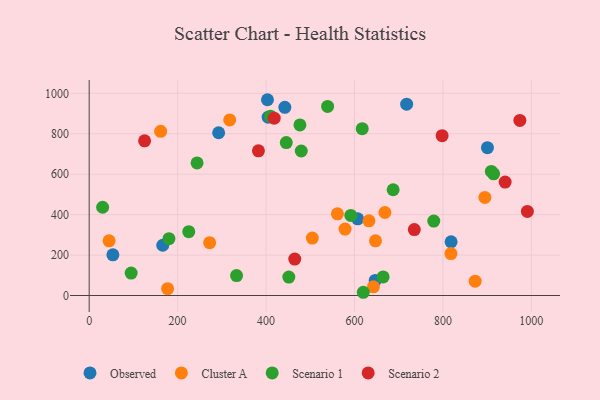
{"axis": {"x": "Study Hours", "y": "Exam Score"}, "legend": ["Cluster A", "Observed", "Scenario 1", "Scenario 2"], "data": [{"x": "818.5", "y": 265.5, "type": "Observed"}, {"x": "404.8", "y": 882.2, "type": "Observed"}, {"x": "900.7", "y": 731.2, "type": "Observed"}, {"x": "607.2", "y": 379.4, "type": "Observed"}, {"x": "718.0", "y": 946.3, "type": "Observed"}, {"x": "53.6", "y": 201.2, "type": "Observed"}, {"x": "166.4", "y": 248.6, "type": "Observed"}, {"x": "292.8", "y": 805.1, "type": "Observed"}, {"x": "403.2", "y": 968.4, "type": "Observed"}, {"x": "646.9", "y": 74.4, "type": "Observed"}, {"x": "442.5", "y": 930.6, "type": "Observed"}, {"x": "177.4", "y": 33.7, "type": "Cluster A"}, {"x": "642.8", "y": 43.2, "type": "Cluster A"}, {"x": "647.5", "y": 270.6, "type": "Cluster A"}, {"x": "632.7", "y": 369.6, "type": "Cluster A"}, {"x": "161.6", "y": 812.2, "type": "Cluster A"}, {"x": "578.7", "y": 328.4, "type": "Cluster A"}, {"x": "561.4", "y": 404.0, "type": "Cluster A"}, {"x": "504.6", "y": 284.1, "type": "Cluster A"}, {"x": "872.9", "y": 71.1, "type": "Cluster A"}, {"x": "272.4", "y": 261.3, "type": "Cluster A"}, {"x": "317.8", "y": 868.3, "type": "Cluster A"}, {"x": "668.8", "y": 410.7, "type": "Cluster A"}, {"x": "894.9", "y": 485.0, "type": "Cluster A"}, {"x": "818.1", "y": 207.5, "type": "Cluster A"}, {"x": "45.0", "y": 270.7, "type": "Cluster A"}, {"x": "94.9", "y": 111.0, "type": "Scenario 1"}, {"x": "591.7", "y": 396.1, "type": "Scenario 1"}, {"x": "909.5", "y": 613.6, "type": "Scenario 1"}, {"x": "476.6", "y": 844.0, "type": "Scenario 1"}, {"x": "180.4", "y": 281.0, "type": "Scenario 1"}, {"x": "687.4", "y": 523.1, "type": "Scenario 1"}, {"x": "539.2", "y": 935.5, "type": "Scenario 1"}, {"x": "619.9", "y": 16.0, "type": "Scenario 1"}, {"x": "664.8", "y": 91.7, "type": "Scenario 1"}, {"x": "244.0", "y": 655.9, "type": "Scenario 1"}, {"x": "445.7", "y": 756.3, "type": "Scenario 1"}, {"x": "30.4", "y": 436.5, "type": "Scenario 1"}, {"x": "410.1", "y": 887.1, "type": "Scenario 1"}, {"x": "333.3", "y": 98.4, "type": "Scenario 1"}, {"x": "479.6", "y": 714.7, "type": "Scenario 1"}, {"x": "914.7", "y": 601.8, "type": "Scenario 1"}, {"x": "617.5", "y": 825.1, "type": "Scenario 1"}, {"x": "225.2", "y": 315.5, "type": "Scenario 1"}, {"x": "779.3", "y": 368.1, "type": "Scenario 1"}, {"x": "451.5", "y": 91.2, "type": "Scenario 1"}, {"x": "798.2", "y": 790.7, "type": "Scenario 2"}, {"x": "974.0", "y": 866.2, "type": "Scenario 2"}, {"x": "991.0", "y": 415.8, "type": "Scenario 2"}, {"x": "418.4", "y": 877.2, "type": "Scenario 2"}, {"x": "125.3", "y": 765.1, "type": "Scenario 2"}, {"x": "940.7", "y": 560.9, "type": "Scenario 2"}, {"x": "735.3", "y": 326.1, "type": "Scenario 2"}, {"x": "464.9", "y": 180.3, "type": "Scenario 2"}, {"x": "382.8", "y": 715.4, "type": "Scenario 2"}]}